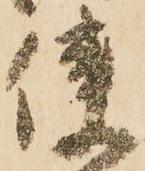
使